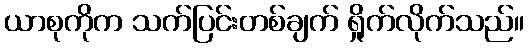
ယာစုကိုက သက်ပြင်းတစ်ချက် ရှိုက်လိုက်သည်။